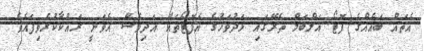
އެތައް ބައެއްގެ ފޮޓޯ އަލްބަމް ތެރޭގައި ޅަދުވަހުގެ އެފޮޓޯތައް އަދިވެސް އެވަނީ ރައްކާކުރެވިފައެވެ.